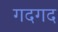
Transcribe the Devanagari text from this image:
गदगद